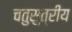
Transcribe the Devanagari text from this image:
चतुसुत्रीय